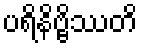
ပရိနိဗ္ဗိဿတိ